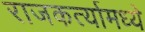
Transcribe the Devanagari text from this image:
राजकर्त्यामध्ये